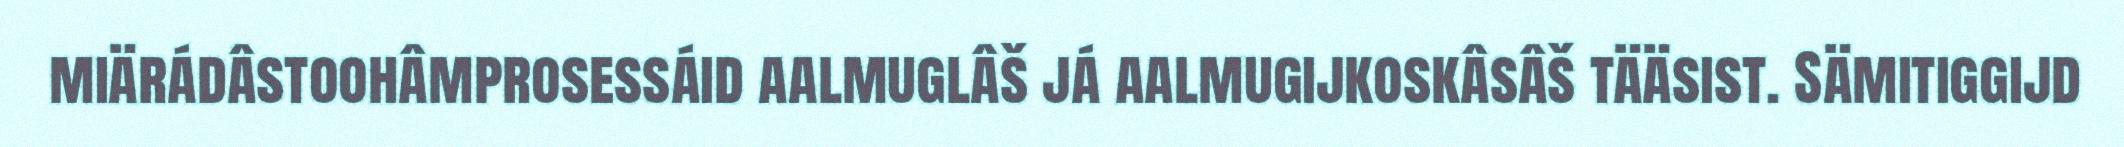
miärádâstoohâmprosessáid aalmuglâš já aalmugijkoskâsâš tääsist. Sämitiggijd